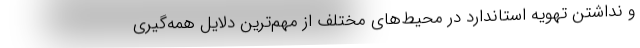
و نداشتن تهویه استاندارد در محیط‌های مختلف از مهم‌ترین دلایل همه‌گیری